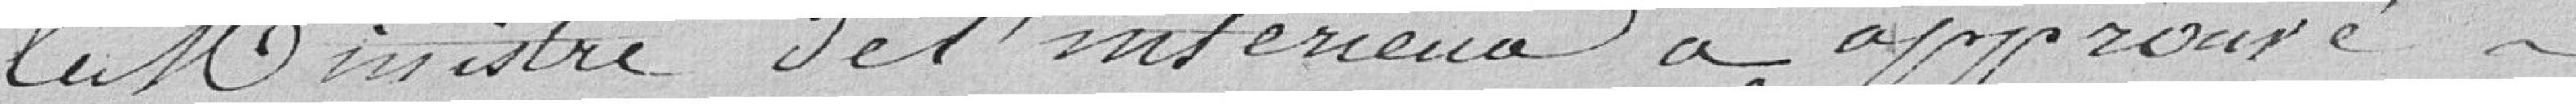
le Ministre de l'Intérieur a approuvé